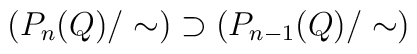
\left( P_n(Q)/\sim \right) \supset \left( P_{n-1}(Q)/\sim \right)